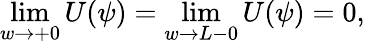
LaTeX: \operatorname*{lim}_{w\to+0}U(\psi)=\operatorname*{lim}_{w\to L-0}U(\psi)=0,